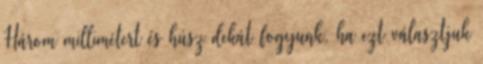
Három millimétert és húsz dekát fogyunk, ha ezt választjuk